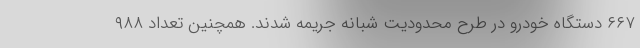
۶۶۷ دستگاه خودرو در طرح محدودیت شبانه جریمه شدند. همچنین تعداد ۹۸۸